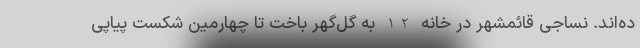
ده‌اند. نساجی قائمشهر در خانه 2-1 به گل‌گهر باخت تا چهارمین شکست پیاپی